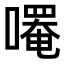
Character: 𫫼